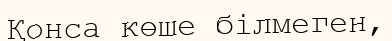
Қонса көше білмеген,